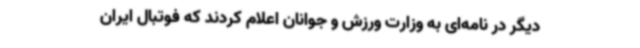
دیگر در نامه‌ای به وزارت ورزش و جوانان اعلام کردند که فوتبال ایران